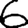
Digit: 6